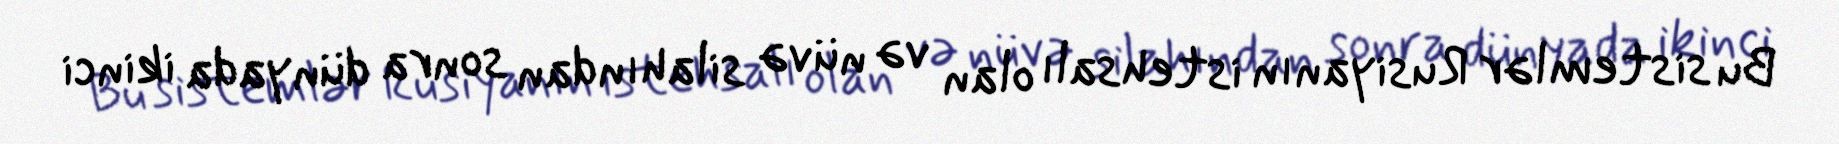
Bu sistemlər Rusiyanın istehsalı olan və nüvə silahından sonra dünyada ikinci